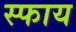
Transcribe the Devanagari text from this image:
स्फाय